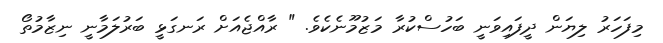
މިފަހަރު ލިޔަން ދީފައިވަނީ ބަހުސްކުރާ މަޒުމޫނެކެވެ. " ރާއްޖެއަށް ރަނގަޅީ ބަރުލަމާނީ ނިޒާމުތޯ